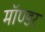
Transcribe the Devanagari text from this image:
मॉण्डर